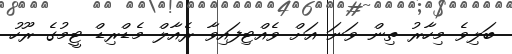
ބަލިވެ މިހާރު ތިން ވަނަ އަށް ވެއްޓިފައިވާ ރެއާލް މެޑްރިޑް ޓީމުގެ ރޫހު